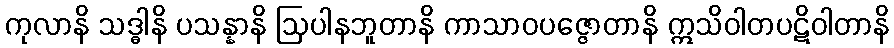
ကုလာနိ သဒ္ဓါနိ ပသန္နာနိ ဩပါနဘူတာနိ ကာသာဝပဇ္ဇောတာနိ ဣသိဝါတပဋိဝါတာနိ